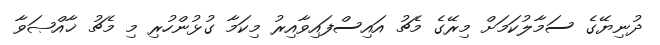
ދުނިޔޭގެ ސަމާލުކަމަށް މިރޭގެ މެޗު އައިސްފައިވާއިރު މިކަމާ ގުޅުންހުރި މި މެޗު ޚާއްޞަވާ